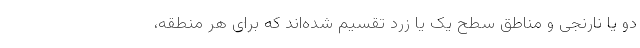
دو یا نارنجی و مناطق سطح یک یا زرد تقسیم شده‌اند که برای هر منطقه،